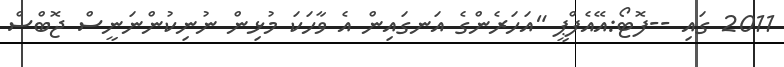
2011 ގައި --ފޮޓޯ:އޭއެފްޕީ "އަހަރެންގެ އަނގައިން އެ ވާހަކަ މުޅިން ނުނިކުންނަނީސް ޖޮބްސް